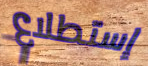
إستطلاع